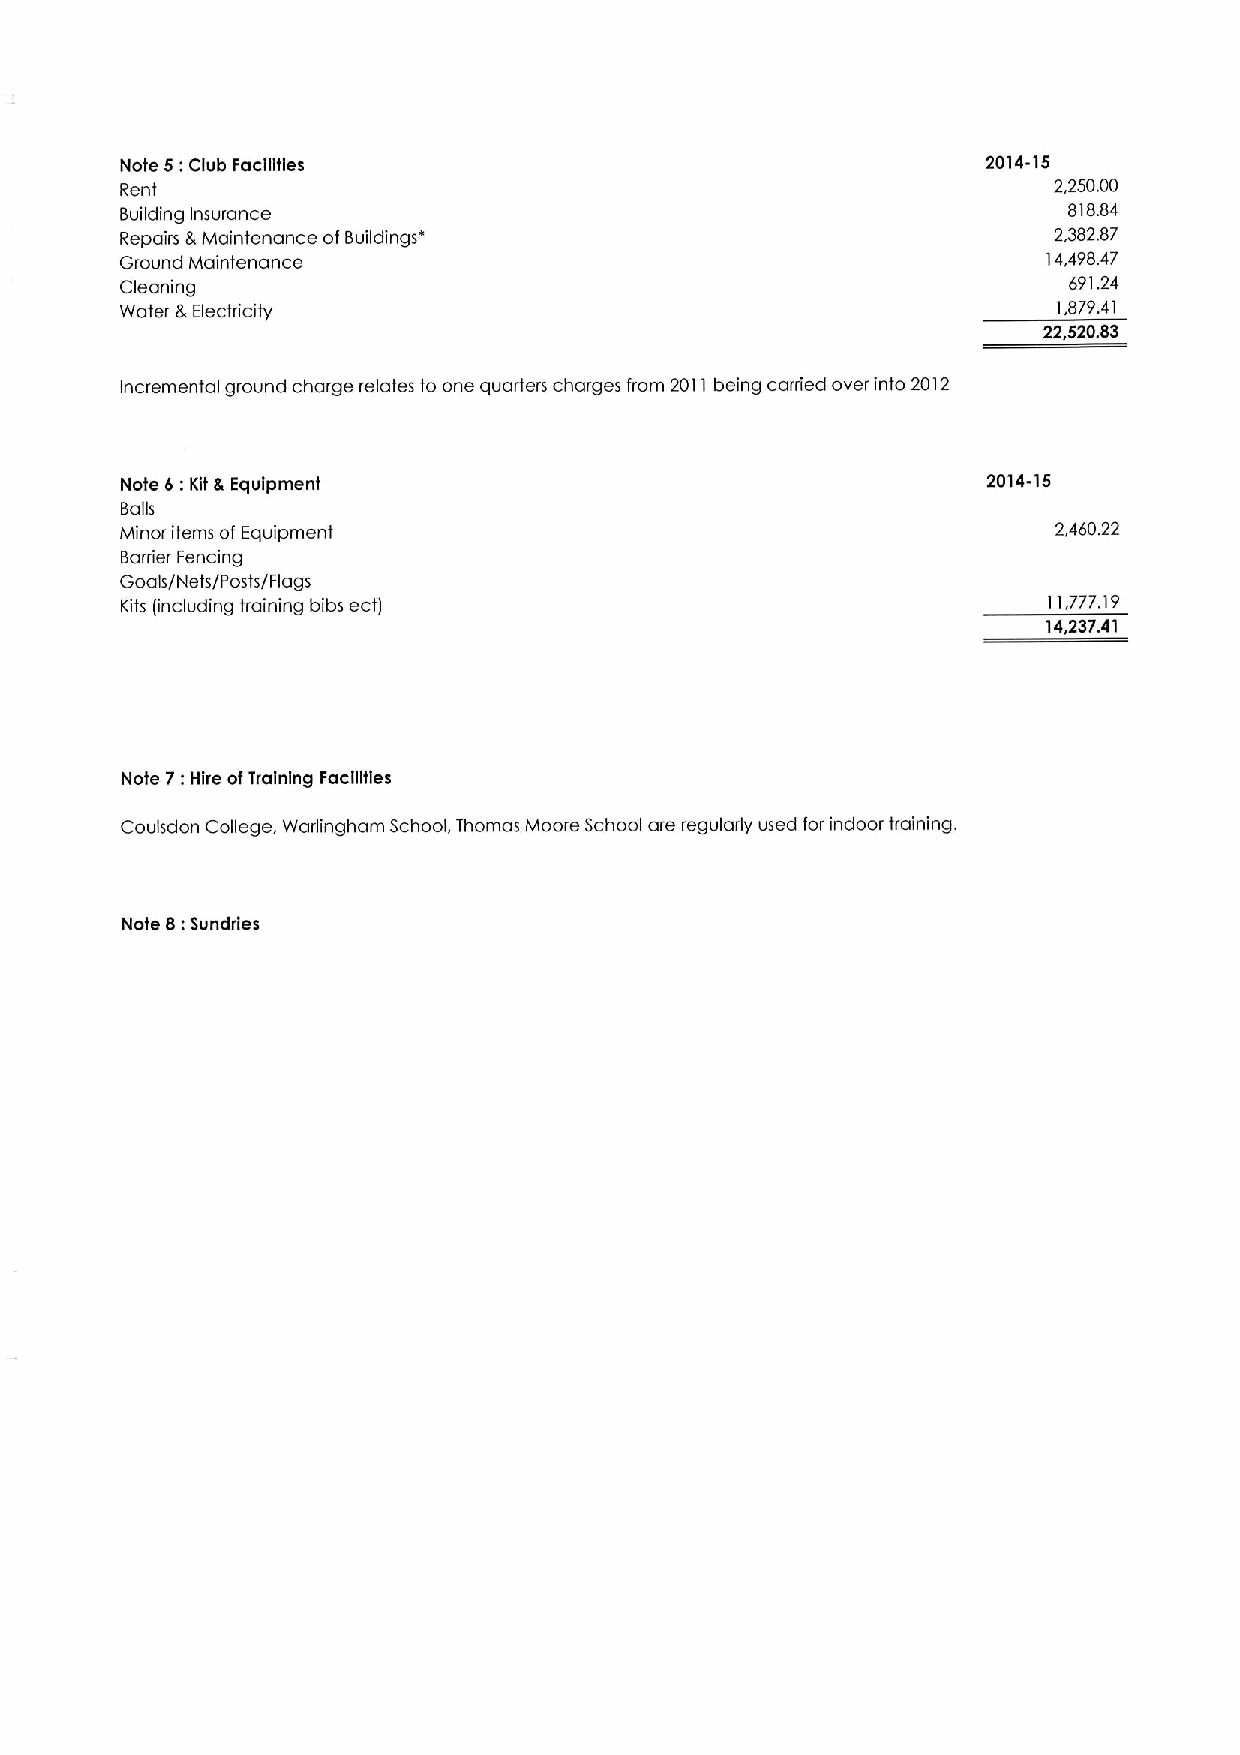
Note 5: Club Facilities                                  2014-15
 Rent                                                          2,250.00
 Building Insurance                                             818.84
 Repairs &Maintenance ofBuildings"                             2,382.87
 Ground Maintenance                                           14,498.47
 Cleaning                                                       691.24
 Water 8,Electricity                                           1,879.41
 22,520.83
 Incremental ground charge relates to one quarters charges from 2011being carried over into 2012
 Note 6: Kit 8 Equipment                                  2014-15
 Balls
 Minor items of Equipment                                      2,460.22
 Barrier Fencing
 Goals/Nets/Posts/Flags
 Kits (Including training bibs ect)                           11,777.19
 14,237.41
 7:
 Note Hire ofTraining Facilities
 Coulsdon College, Warlingham School, Thomas Moore School are regularly used for indoor training.
 8:
 Note Sundries